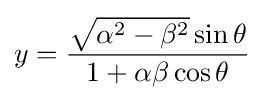
y={\frac {{\sqrt {\alpha ^{2}-\beta ^{2}}}\sin \theta }{1+\alpha \beta \cos \theta }}